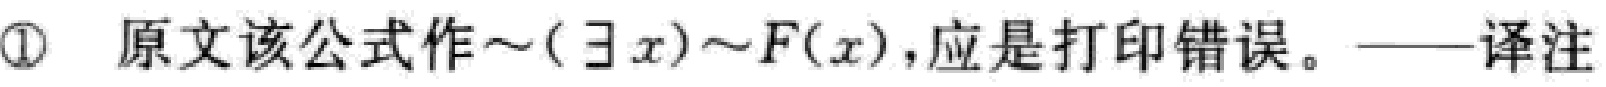
\textcircled{1} 原文该公式作\(\sim(\exists x)\sim F(x)\)，应是打印错误。——译注